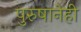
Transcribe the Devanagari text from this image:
पुरुषानेही